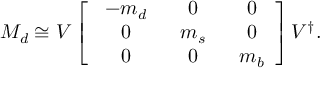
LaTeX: M _ { d } \cong V \left[ \begin{array} { c c c } { { \ - m _ { d } \ } } & { { \ 0 \ } } & { { \ 0 } } \\ { { \ 0 \ } } & { { \ m _ { s } \ } } & { { \ 0 } } \\ { { \ 0 \ } } & { { \ 0 \ } } & { { \ m _ { b } } } \end{array} \right] V ^ { \dagger } .